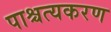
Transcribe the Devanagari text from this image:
पाश्चत्यकरण